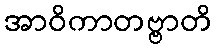
အာဝိကာတဗ္ဗာတိ